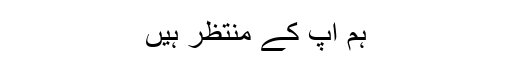
ہم آپ کے منتظر ہیں